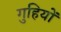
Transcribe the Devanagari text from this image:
गुहियों